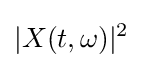
|X(t,\omega )|^{2}